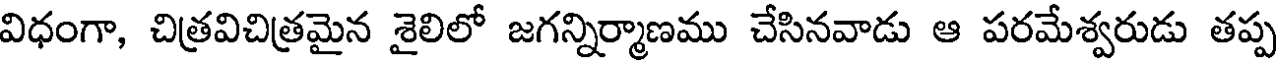
విధంగా, చిత్రవిచిత్రమైన శైలిలో జగన్నిర్మాణము చేసినవాడు ఆ పరమేశ్వరుడు తప్ప